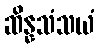
ဆိန္နသံသယံ